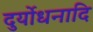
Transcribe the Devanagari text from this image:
दुर्योधनादि